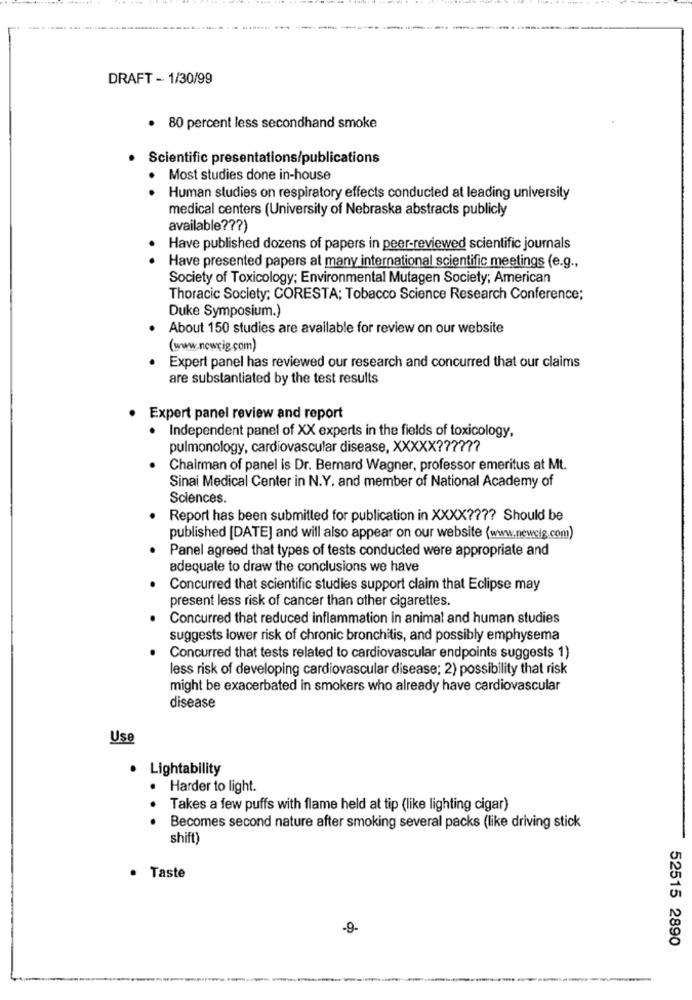
DRAFT - 1/30/99
. 80 percent less secondhand smoke
Scientific presentations/publications
. Most studies done in-house
Human studies on respiratory effects conducted at leading university
medical centers (University of Nebraska abstracts publicly
available ??? )
.
Have published dozens of papers in peer-reviewed scientific journals
Have presented papers al many international scientific meetings (e.g .,
Society of Toxicology; Environmental Mutagen Society; American
Thoracic Society; CORESTA; Tobacco Science Research Conference;
Duke Symposium.)
About 150 studies are available for review on our website
(www.newcig.com)
Expert panel has reviewed our research and concurred that our claims
are substantiated by the test results
Expert panel review and report
· Independent panel of XX experts in the fields of toxicology.
pulmonology, cardiovascular disease, XXXXX ??????
Chairman of panel is Dr. Bernard Wagner, professor emeritus at Mt.
Sinai Medical Center in N.Y. and member of National Academy of
Sciences.
Report has been submitted for publication in XXXX ???? Should be
published [DATE] and will also appear on our website (www.newcig.com)
Panel agreed that types of tests conducted were appropriate and
adequate to draw the conclusions we have
Concurred that scientific studies support claim that Eclipse may
present less risk of cancer than other cigarettes.
Concurred that reduced inflammation in animal and human studies
suggests lower risk of chronic bronchitis, and possibly emphysema
Concurred that tests related to cardiovascular endpoints suggests 1)
less risk of developing cardiovascular disease; 2) possibility that risk
might be exacerbated in smokers who already have cardiovascular
disease
Use
Lightability
Harder to light.
Takes a few puffs with flame held at tip (like lighting cigar)
.. .
Becomes second nature after smoking several packs (like driving stick
shift)
Taste
-9-
52515 2890